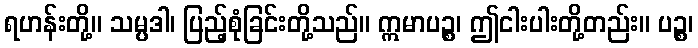
ရဟန်းတို့။ သမ္ပဒါ၊ ပြည့်စုံခြင်းတို့သည်။ ဣမာပဉ္စ၊ ဤငါးပါးတို့တည်း။ ပဉ္စ၊